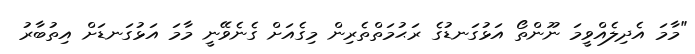
"މާމަ އެދިލެއްވީމަ ނޫންތޯ އަޅުގަނޑުގެ ރަޙުމަތްތެރިން މިގެއަށް ގެނެވޭނީ މާމަ އަޅުގަނޑަށް އިތުބާރު